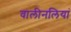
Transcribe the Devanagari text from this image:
वालीनलियां